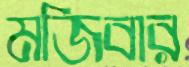
মজিবার